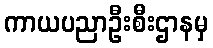
ကာယပညာဦးစီးဌာနမှ